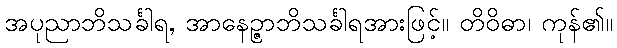
အပုညာဘိသင်္ခါရ, အာနေဉ္ဇာဘိသင်္ခါရအားဖြင့်။ တိဝိဓာ၊ ကုန်၏။